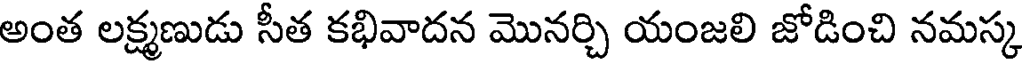
అంత లక్ష్మణుడు సీత కభివాదన మొనర్చి యంజలి జోడించి నమస్క